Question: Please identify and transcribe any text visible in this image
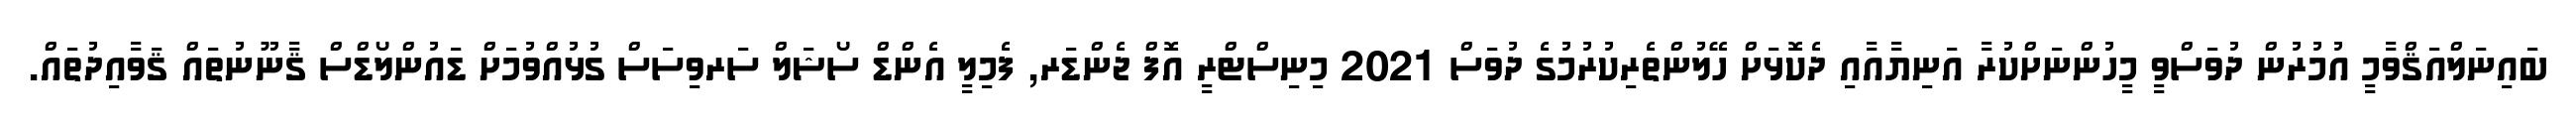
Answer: ބައިނަލްއަޤްވާމީ އުމުރުން ދުވަސްވީ މީހުންނަށްކުރާ އަނިޔާއާއި ދެކޮޅަށް ހޭލުންތެރިކުރުމުގެ ދުވަސް 2021 މިނިސްޓްރީ އޮފް ޖެންޑަރ, ފެމިލީ އެންޑް ސޯޝަލް ސަރވިސަސް ގުޅުއްވުމަށް ޑައުންލޯޑްސް ޤާނޫނުތައް ޤަވާއިދުތައް.